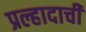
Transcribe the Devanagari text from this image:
प्रल्हादाची